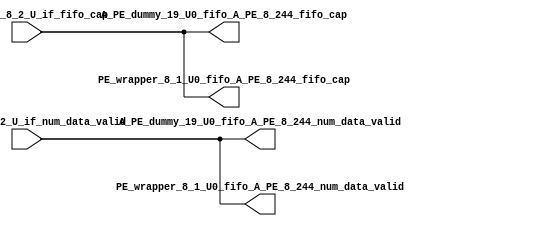
// ==================================================
// RTL generated by RapidStream
//
// Copyright 2024 RapidStream Design Automation, Inc.
// All Rights Reserved.
// ==================================================
`timescale 1 ns / 1 ps
module __rs_kernel3_aux_split_aux_36 #(
    parameter C_S_AXI_CONTROL_DATA_WIDTH  = 32,
    parameter C_S_AXI_CONTROL_ADDR_WIDTH  = 6,
    parameter C_S_AXI_DATA_WIDTH          = 32,
    parameter C_M_AXI_GMEM_A_ID_WIDTH     = 1,
    parameter C_M_AXI_GMEM_A_ADDR_WIDTH   = 64,
    parameter C_M_AXI_GMEM_A_DATA_WIDTH   = 512,
    parameter C_M_AXI_GMEM_A_AWUSER_WIDTH = 1,
    parameter C_M_AXI_GMEM_A_ARUSER_WIDTH = 1,
    parameter C_M_AXI_GMEM_A_WUSER_WIDTH  = 1,
    parameter C_M_AXI_GMEM_A_RUSER_WIDTH  = 1,
    parameter C_M_AXI_GMEM_A_BUSER_WIDTH  = 1,
    parameter C_M_AXI_GMEM_A_USER_VALUE   = 0,
    parameter C_M_AXI_GMEM_A_PROT_VALUE   = 0,
    parameter C_M_AXI_GMEM_A_CACHE_VALUE  = 3,
    parameter C_M_AXI_DATA_WIDTH          = 32,
    parameter C_M_AXI_GMEM_B_ID_WIDTH     = 1,
    parameter C_M_AXI_GMEM_B_ADDR_WIDTH   = 64,
    parameter C_M_AXI_GMEM_B_DATA_WIDTH   = 512,
    parameter C_M_AXI_GMEM_B_AWUSER_WIDTH = 1,
    parameter C_M_AXI_GMEM_B_ARUSER_WIDTH = 1,
    parameter C_M_AXI_GMEM_B_WUSER_WIDTH  = 1,
    parameter C_M_AXI_GMEM_B_RUSER_WIDTH  = 1,
    parameter C_M_AXI_GMEM_B_BUSER_WIDTH  = 1,
    parameter C_M_AXI_GMEM_B_USER_VALUE   = 0,
    parameter C_M_AXI_GMEM_B_PROT_VALUE   = 0,
    parameter C_M_AXI_GMEM_B_CACHE_VALUE  = 3,
    parameter C_M_AXI_GMEM_C_ID_WIDTH     = 1,
    parameter C_M_AXI_GMEM_C_ADDR_WIDTH   = 64,
    parameter C_M_AXI_GMEM_C_DATA_WIDTH   = 512,
    parameter C_M_AXI_GMEM_C_AWUSER_WIDTH = 1,
    parameter C_M_AXI_GMEM_C_ARUSER_WIDTH = 1,
    parameter C_M_AXI_GMEM_C_WUSER_WIDTH  = 1,
    parameter C_M_AXI_GMEM_C_RUSER_WIDTH  = 1,
    parameter C_M_AXI_GMEM_C_BUSER_WIDTH  = 1,
    parameter C_M_AXI_GMEM_C_USER_VALUE   = 0,
    parameter C_M_AXI_GMEM_C_PROT_VALUE   = 0,
    parameter C_M_AXI_GMEM_C_CACHE_VALUE  = 3,
    parameter C_S_AXI_CONTROL_WSTRB_WIDTH = 4,
    parameter C_S_AXI_WSTRB_WIDTH         = 4,
    parameter C_M_AXI_GMEM_A_WSTRB_WIDTH  = 64,
    parameter C_M_AXI_WSTRB_WIDTH         = 4,
    parameter C_M_AXI_GMEM_B_WSTRB_WIDTH  = 64,
    parameter C_M_AXI_GMEM_C_WSTRB_WIDTH  = 64
) (
    output wire [1:0] A_PE_dummy_19_U0_fifo_A_PE_8_244_fifo_cap,
    output wire [1:0] A_PE_dummy_19_U0_fifo_A_PE_8_244_num_data_valid,
    output wire [1:0] PE_wrapper_8_1_U0_fifo_A_PE_8_244_fifo_cap,
    output wire [1:0] PE_wrapper_8_1_U0_fifo_A_PE_8_244_num_data_valid,
    input wire  [1:0] fifo_A_PE_8_2_U_if_fifo_cap,
    input wire  [1:0] fifo_A_PE_8_2_U_if_num_data_valid
);
assign A_PE_dummy_19_U0_fifo_A_PE_8_244_fifo_cap = fifo_A_PE_8_2_U_if_fifo_cap;
assign A_PE_dummy_19_U0_fifo_A_PE_8_244_num_data_valid = fifo_A_PE_8_2_U_if_num_data_valid;
assign PE_wrapper_8_1_U0_fifo_A_PE_8_244_fifo_cap = fifo_A_PE_8_2_U_if_fifo_cap;
assign PE_wrapper_8_1_U0_fifo_A_PE_8_244_num_data_valid = fifo_A_PE_8_2_U_if_num_data_valid;
endmodule